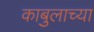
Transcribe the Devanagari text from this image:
काबुलाच्या